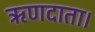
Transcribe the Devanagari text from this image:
ऋणदाता।